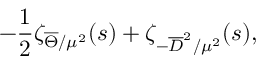
- { \frac { 1 } { 2 } } \zeta _ { \overline { { { \Theta } } } / \mu ^ { 2 } } ( s ) + \zeta _ { - \overline { { { D } } } ^ { 2 } / \mu ^ { 2 } } ( s ) ,